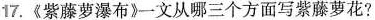
17.《紫藤萝瀑布》一文从哪三个方面写紫藤萝花?